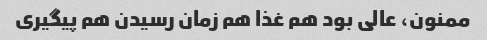
ممنون، عالی بود هم غذا هم زمان رسیدن هم پیگیری